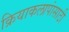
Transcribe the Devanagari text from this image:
क्रियाकलापांसाठी